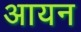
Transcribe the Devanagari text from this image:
अायन